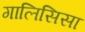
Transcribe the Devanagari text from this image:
गालिसिसा